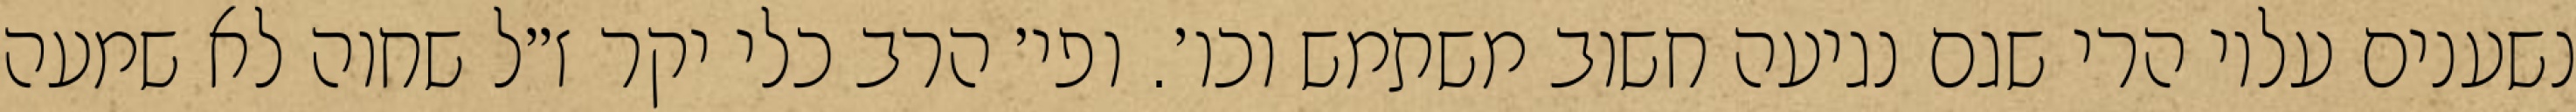
נשענים עליו הרי שגם נגיעה חשוב משתמש וכו׳. ופי׳ הרב כלי יקר ז״ל שחוה לא שמעה